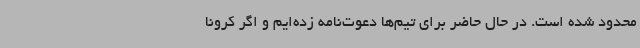
محدود شده است. در حال حاضر برای تیم‌ها دعوت‌نامه زده‌ایم و اگر کرونا